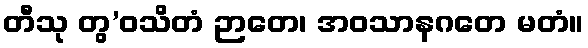
တီသု တွ’ဝသိတံ ဉာတေ၊ အဝသာနဂတေ မတံ။